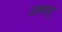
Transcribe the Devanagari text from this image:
उरूस्